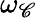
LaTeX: \omega_{\mathscr{C}}